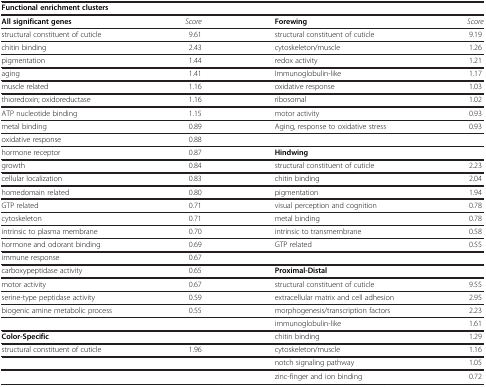
| <COLSPAN=4> Functional enrichment clusters |
 | --- | --- | --- | --- |
 | All significant genes | Score | Forewing | Score |
 | structural constituent of cuticle | 9.61 | structural constituent of cuticle | 9.19 |
 | chitin binding | 2.43 | cytoskeleton/muscle | 1.26 |
 | pigmentation | 1.44 | redox activity | 1.21 |
 | aging | 1.41 | Immunoglobulin-like | 1.17 |
 | muscle related | 1.16 | oxidative response | 1.03 |
 | thioredoxin; oxidoreductase | 1.16 | ribosomal | 1.02 |
 | ATP nucleotide binding | 1.15 | motor activity | 0.93 |
 | metal binding | 0.89 | Aging, response to oxidative stress | 0.93 |
 | oxidative response | 0.88 |  |  |
 | hormone receptor | 0.87 | Hindwing |  |
 | growth | 0.84 | structural constituent of cuticle | 2.23 |
 | cellular localization | 0.83 | chitin binding | 2.04 |
 | homedomain related | 0.80 | pigmentation | 1.94 |
 | GTP related | 0.71 | visual perception and cognition | 0.78 |
 | cytoskeleton | 0.71 | metal binding | 0.78 |
 | intrinsic to plasma membrane | 0.70 | intrinsic to transmembrane | 0.58 |
 | hormone and odorant binding | 0.69 | GTP related | 0.55 |
 | immune response | 0.67 |  |  |
 | carboxypeptidase activity | 0.65 | Proximal-Distal |  |
 | motor activity | 0.67 | structural constituent of cuticle | 9.55 |
 | serine-type peptidase activity | 0.59 | extracellular matrix and cell adhesion | 2.95 |
 | biogenic amine metabolic process | 0.55 | morphogenesis/transcription factors | 2.23 |
 |  |  | immunoglobulin-like | 1.61 |
 | Color-Specific |  | chitin binding | 1.29 |
 | structural constituent of cuticle | 1.96 | cytoskeleton/muscle | 1.16 |
 |  |  | notch signaling pathway | 1.05 |
 |  |  | zinc-finger and ion binding | 0.72 |